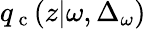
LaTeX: {q_{\mathrm{~c~}}}(z|\omega,\Delta_{\omega})